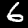
Digit: 6